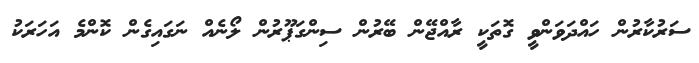
ސަރުކާރުން ހައްދަވަންވީ ގޮތަކީ ރާއްޖޭން ބޭރުން ސިންގަޕޫރުން ލޯނެއް ނަގައިގެން ކޮންމެ އަހަރަކު